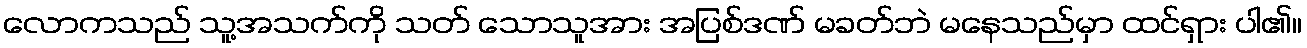
လောကသည် သူ့အသက်ကို သတ် သောသူအား အပြစ်ဒဏ် မခတ်ဘဲ မနေသည်မှာ ထင်ရှား ပါ၏။